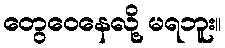
တွေဝေနေလို့ မရဘူး။